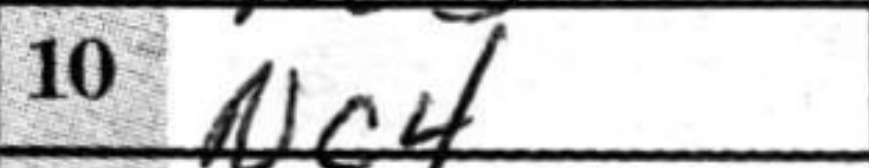
Transcription: Nc4